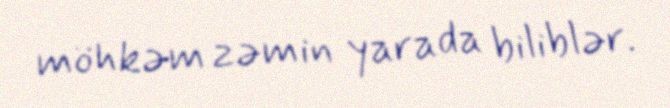
möhkəm zəmin yarada biliblər.